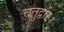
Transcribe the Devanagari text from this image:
चतुर्द्वार।